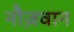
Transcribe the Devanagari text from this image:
नौज़वान